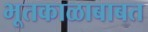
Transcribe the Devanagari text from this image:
भूतकाळाबाबत